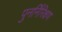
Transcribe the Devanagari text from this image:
पुनर्निरिक्षण